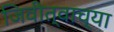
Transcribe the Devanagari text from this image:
जिवीत्वाच्या